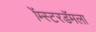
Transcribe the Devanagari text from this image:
ॲम्स्टरडॅमला